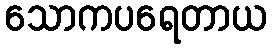
သောကပရေတာယ